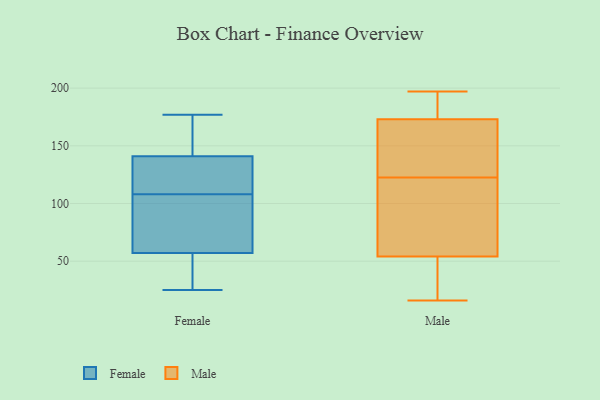
{"axis": {"x": "Production Output", "y": "Value"}, "legend": ["Female", "Male"], "data": [{"x": "", "y": 135, "type": "Female"}, {"x": "", "y": 25, "type": "Female"}, {"x": "", "y": 77, "type": "Female"}, {"x": "", "y": 141, "type": "Female"}, {"x": "", "y": 125, "type": "Female"}, {"x": "", "y": 50, "type": "Female"}, {"x": "", "y": 91, "type": "Female"}, {"x": "", "y": 57, "type": "Female"}, {"x": "", "y": 177, "type": "Female"}, {"x": "", "y": 141, "type": "Female"}, {"x": "", "y": 193, "type": "Male"}, {"x": "", "y": 197, "type": "Male"}, {"x": "", "y": 88, "type": "Male"}, {"x": "", "y": 120, "type": "Male"}, {"x": "", "y": 17, "type": "Male"}, {"x": "", "y": 158, "type": "Male"}, {"x": "", "y": 76, "type": "Male"}, {"x": "", "y": 16, "type": "Male"}, {"x": "", "y": 125, "type": "Male"}, {"x": "", "y": 32, "type": "Male"}, {"x": "", "y": 185, "type": "Male"}, {"x": "", "y": 161, "type": "Male"}]}